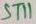
Text: ST11